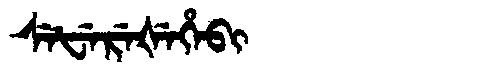
Manchu: ᠰᡝᡶᡝᡵᡝᡧᡝᡥᡝᠪᡳ
Romanization: SEFEREŠEHEBI